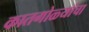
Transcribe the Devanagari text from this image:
कातगोळ्यांचा